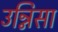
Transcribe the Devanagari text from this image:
उन्निसा